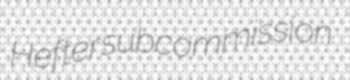
Hefter subcommission